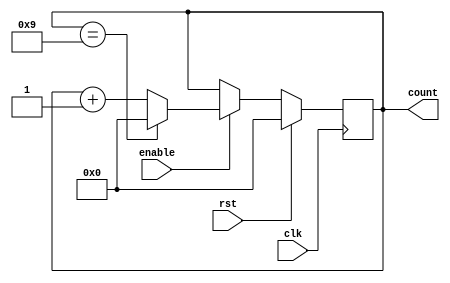
module bcd_up_counter_with_enable (
    input wire clk,
    input wire rst,
    input wire enable,
    output reg [3:0] count
);

always @(posedge clk) begin
    if (rst) begin
        count <= 4'b0000;
    end
    else if (enable) begin
        if (count == 4'b1001) begin
            count <= 4'b0000;
        end
        else begin
            count <= count + 4'b0001;
        end
    end
end

endmodule